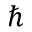
\hbar